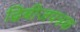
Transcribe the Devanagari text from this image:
द्विबीजपत्रक